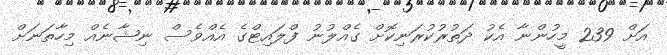
އަށް 239 މީހުންނާ އެކު ދަތުރުކުރަނިކޮށް ގެއްލުނު ފްލައިޓްގެ އެއްވެސް ނިޝާނެއް މިހާތަނަށް